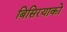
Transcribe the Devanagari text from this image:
बिसिरयाको